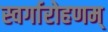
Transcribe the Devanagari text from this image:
स्वर्गारोहणम्